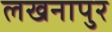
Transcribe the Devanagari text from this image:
लखनापुर